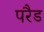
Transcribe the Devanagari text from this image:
परैड